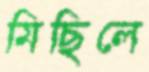
মিছিলে